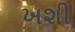
ખશી